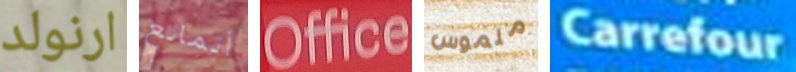
ارنولد أتمانع Office ملموس Carrefour